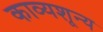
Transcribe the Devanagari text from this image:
काव्यशून्य